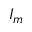
I _ { m }